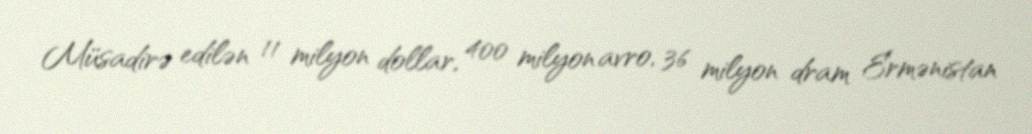
Müsadirə edilən 11 milyon dollar, 400 milyon avro, 36 milyon dram Ermənistan